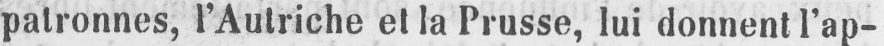
patronnes, l’Autriche et la Prusse, lui donnent l’ap-